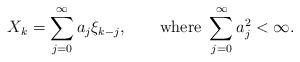
LaTeX: \begin{align*}X_{k}=\sum_{j=0}^{\infty}a_{j}\xi_{k-j},\qquad\mbox{where }\sum_{j=0}^{\infty}a_{j}^{2}< \infty.\end{align*}